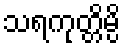
သရကုတ္တိမ္ပိ